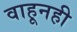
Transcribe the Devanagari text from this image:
वाहूनही